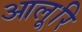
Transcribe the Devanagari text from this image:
आलूरि